Report of the veterinary officer investigating camel disease
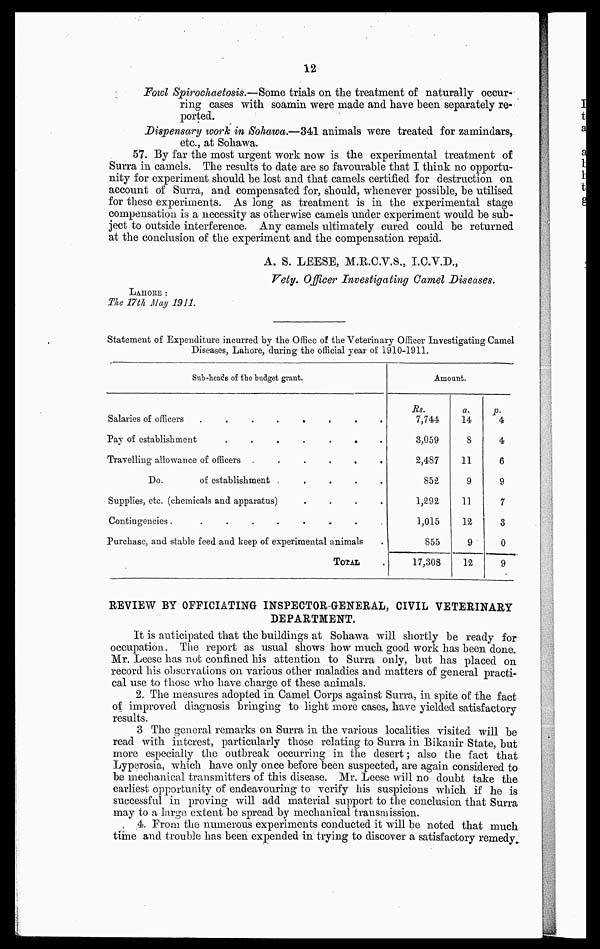
12
Fowl Spirochaetosis.—Some trials on the treatment of naturally occur-
ring cases with soamin were made and have been separately re-
ported.
Dispensary work in Sohawa.—341 animals were treated for zamindars,
etc., at Sohawa.
57. By far the most urgent work now is the experimental treatment of
Surra in camels. The results to date are so favourable that I think no opportu-
nity for experiment should be lost and that camels certified for destruction on
account of Surra, and compensated for, should, whenever possible, be utilised
for these experiments. As long as treatment is in the experimental stage
compensation is a necessity as otherwise camels under experiment would be sub-
ject to outside interference. Any camels ultimately cured could be returned
at the conclusion of the experiment and the compensation repaid.
A. S. LEESE, M.R.C.V.S., I.C.V.D.,
Vety. Officer Investigating Camel Diseases.
LAHORE :
The 17th May 1911.
Statement of Expenditure incurred by the Office of the Veterinary Officer Investigating Camel
Diseases, Lahore, during the official year of 1910-1911.
Sub-heads of the budget grant.
Salaries of officers
.
.
.
.
.
.
.
.
Pay of establishment
.......
Travelling allowance of officers .
.
.
.
.
.
Do.
of establishment
.....
Supplies, etc. (chemicals and apparatus)
....
Contingencies.
........
Purchase, and stable feed and keep of experimental animals
TOTAL
Amount.
Rs.
7,74.4
3,059
2,487
852
1,292
1,015
855
17,308
a.
14
8
11
9
11
12
9
12
p.
4
4
6
9
7
3
0
9
REVIEW BY OFFICIATING INSPECTOR-GENERAL, CIVIL VETERINARY
DEPARTMENT.
It is anticipated that the buildings at Sohawa will shortly be ready for
occupation. The report as usual shows how much good work has been done.
Mr. Leese has nut confined his attention to Surra only, but has placed on
record his observations on various other maladies and matters of general practi-
cal use to those who have charge of these animals.
2. The measures adopted in Camel Corps against Surra, in spite of the fact
of improved diagnosis bringing to light more cases, have yielded satisfactory
results.
3. The general remarks on Surra in the various localities visited will be
read with interest, particularly those relating to Surra in Bikanir State, but
more especially the outbreak occurring in the desert ; also the fact that
Lyperosia, which have only once before been suspected, are again considered to
be mechanical transmitters of this disease. Mr. Leese will no doubt take the
earliest opportunity of endeavouring to verify his suspicions which if he is
successful in proving will add material support to the conclusion that Surra
may to a large extent be spread by mechanical transmission.
4. Prom the numerous experiments conducted it will be noted that much
time and trouble has been expended in trying to discover a satisfactory remedy.